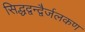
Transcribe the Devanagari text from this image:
सिद्धद्वन्द्वैर्जलकण